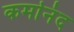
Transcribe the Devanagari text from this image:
कर्मानंद